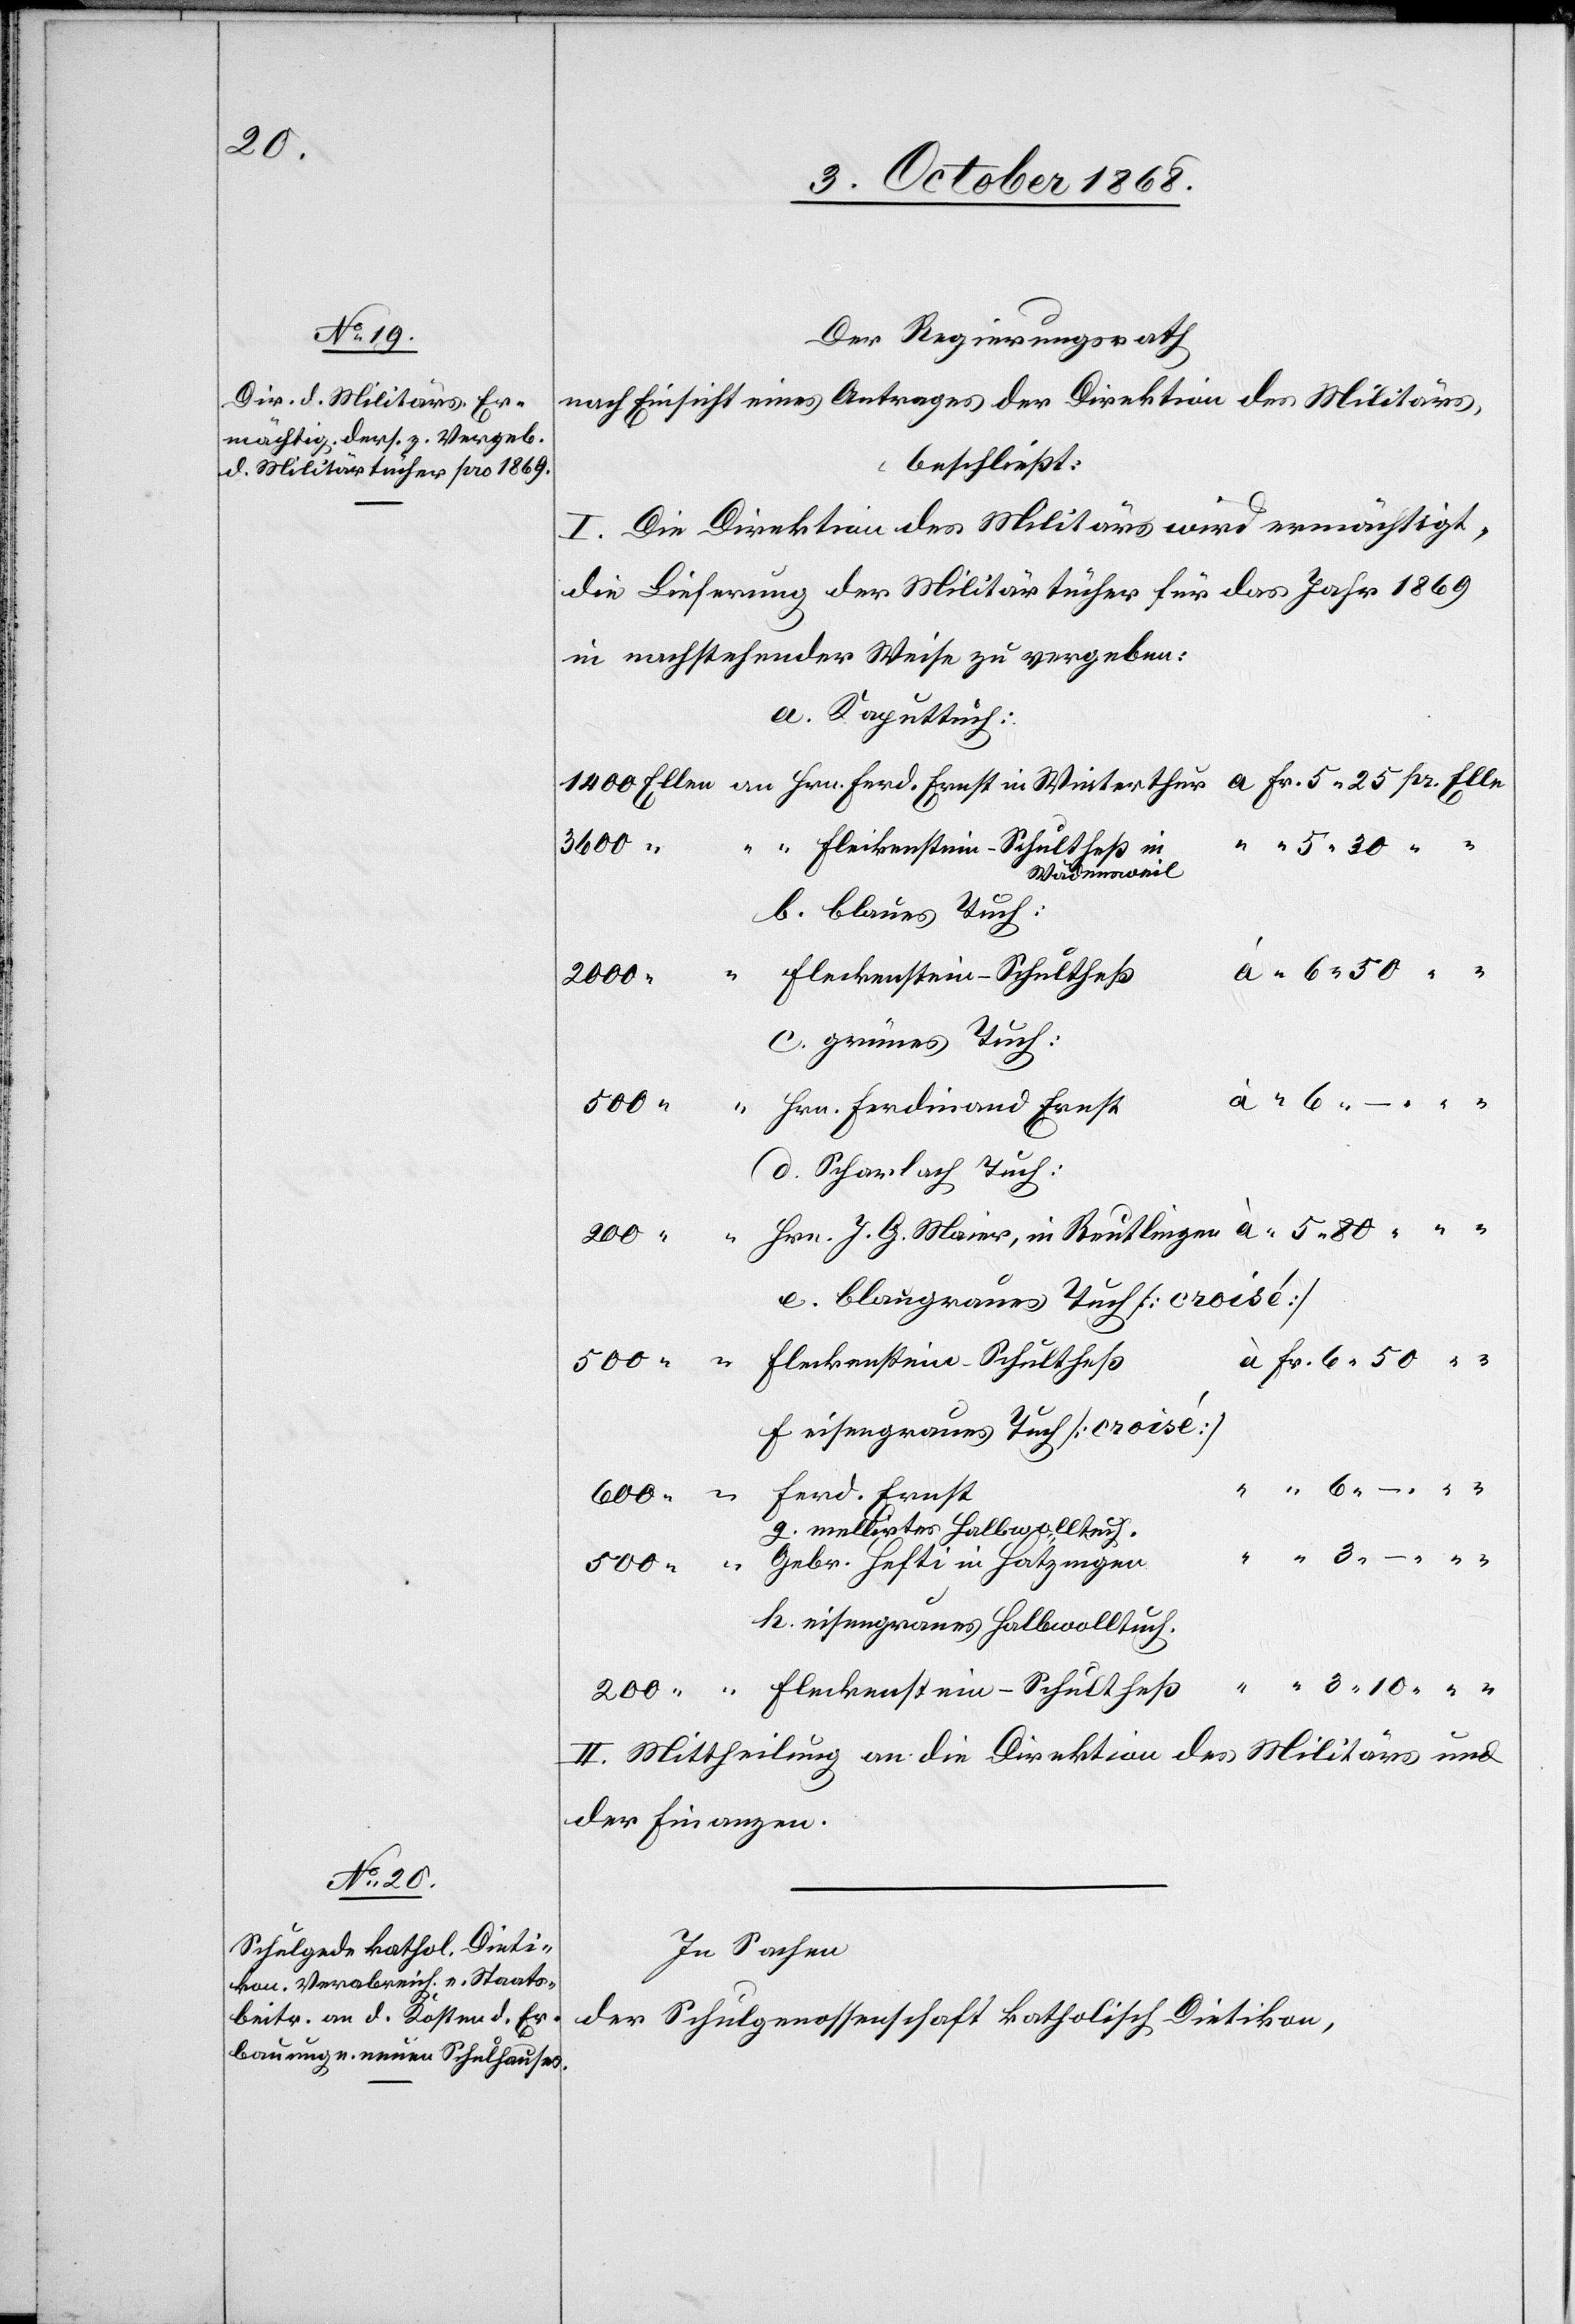
Der Regierungsrath
nach Einsicht eines Antrages der Direktion des Militärs,
beschließt:
I. Die Direktion des Militärs wird ermächtigt,
die Lieferung der Militärtücher für das Jahr 1869
in nachstehender Weise zu vergeben:
a. Kaputtuch:
3600 “
Wädensweil
b. blaues Tuch:
Fleckenstein-Schultheß
2000
c. grünes Tuch:
500 “
Hrn. Ferdinand Ernst
6.–
d. Scharlach Tuch:
Hrn. J. G. Maier, in Reutlingen
3.10
e. blaugraues Tuch [croisé]
à Fr. 6.50
f. eisengraues Tuch [croisé]
g. mellirtes Halbwolltuch.
“ Gebr. Hefti in Hätzingen
h. eisengraues Halbwolltuch.
II. Mittheilung an die Direktion des Militärs und
der Finanzen.
In Sachen
der Schulgenossenschaft katholisch Dietikon,